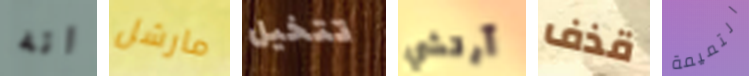
انه مارشل تتخيل آرتشي قذف التميمة